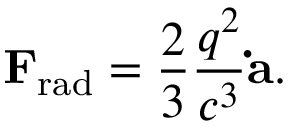
\mathbf { F } _ { \mathrm { r a d } } = { \frac { 2 } { 3 } } { \frac { q ^ { 2 } } { c ^ { 3 } } } \mathbf { \dot { a } } .